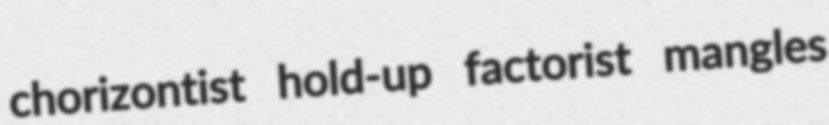
chorizontist hold-up factorist mangles